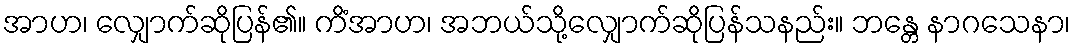
အာဟ၊ လျှောက်ဆိုပြန်၏။ ကိံအာဟ၊ အဘယ်သို့လျှောက်ဆိုပြန်သနည်း။ ဘန္တေ နာဂသေနာ၊